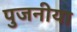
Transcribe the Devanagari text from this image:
पुजनीया